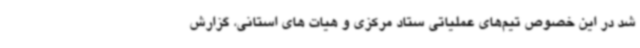
شد در این خصوص تیم‌های عملیاتی ستاد مرکزی و هیات های استانی، گزارش